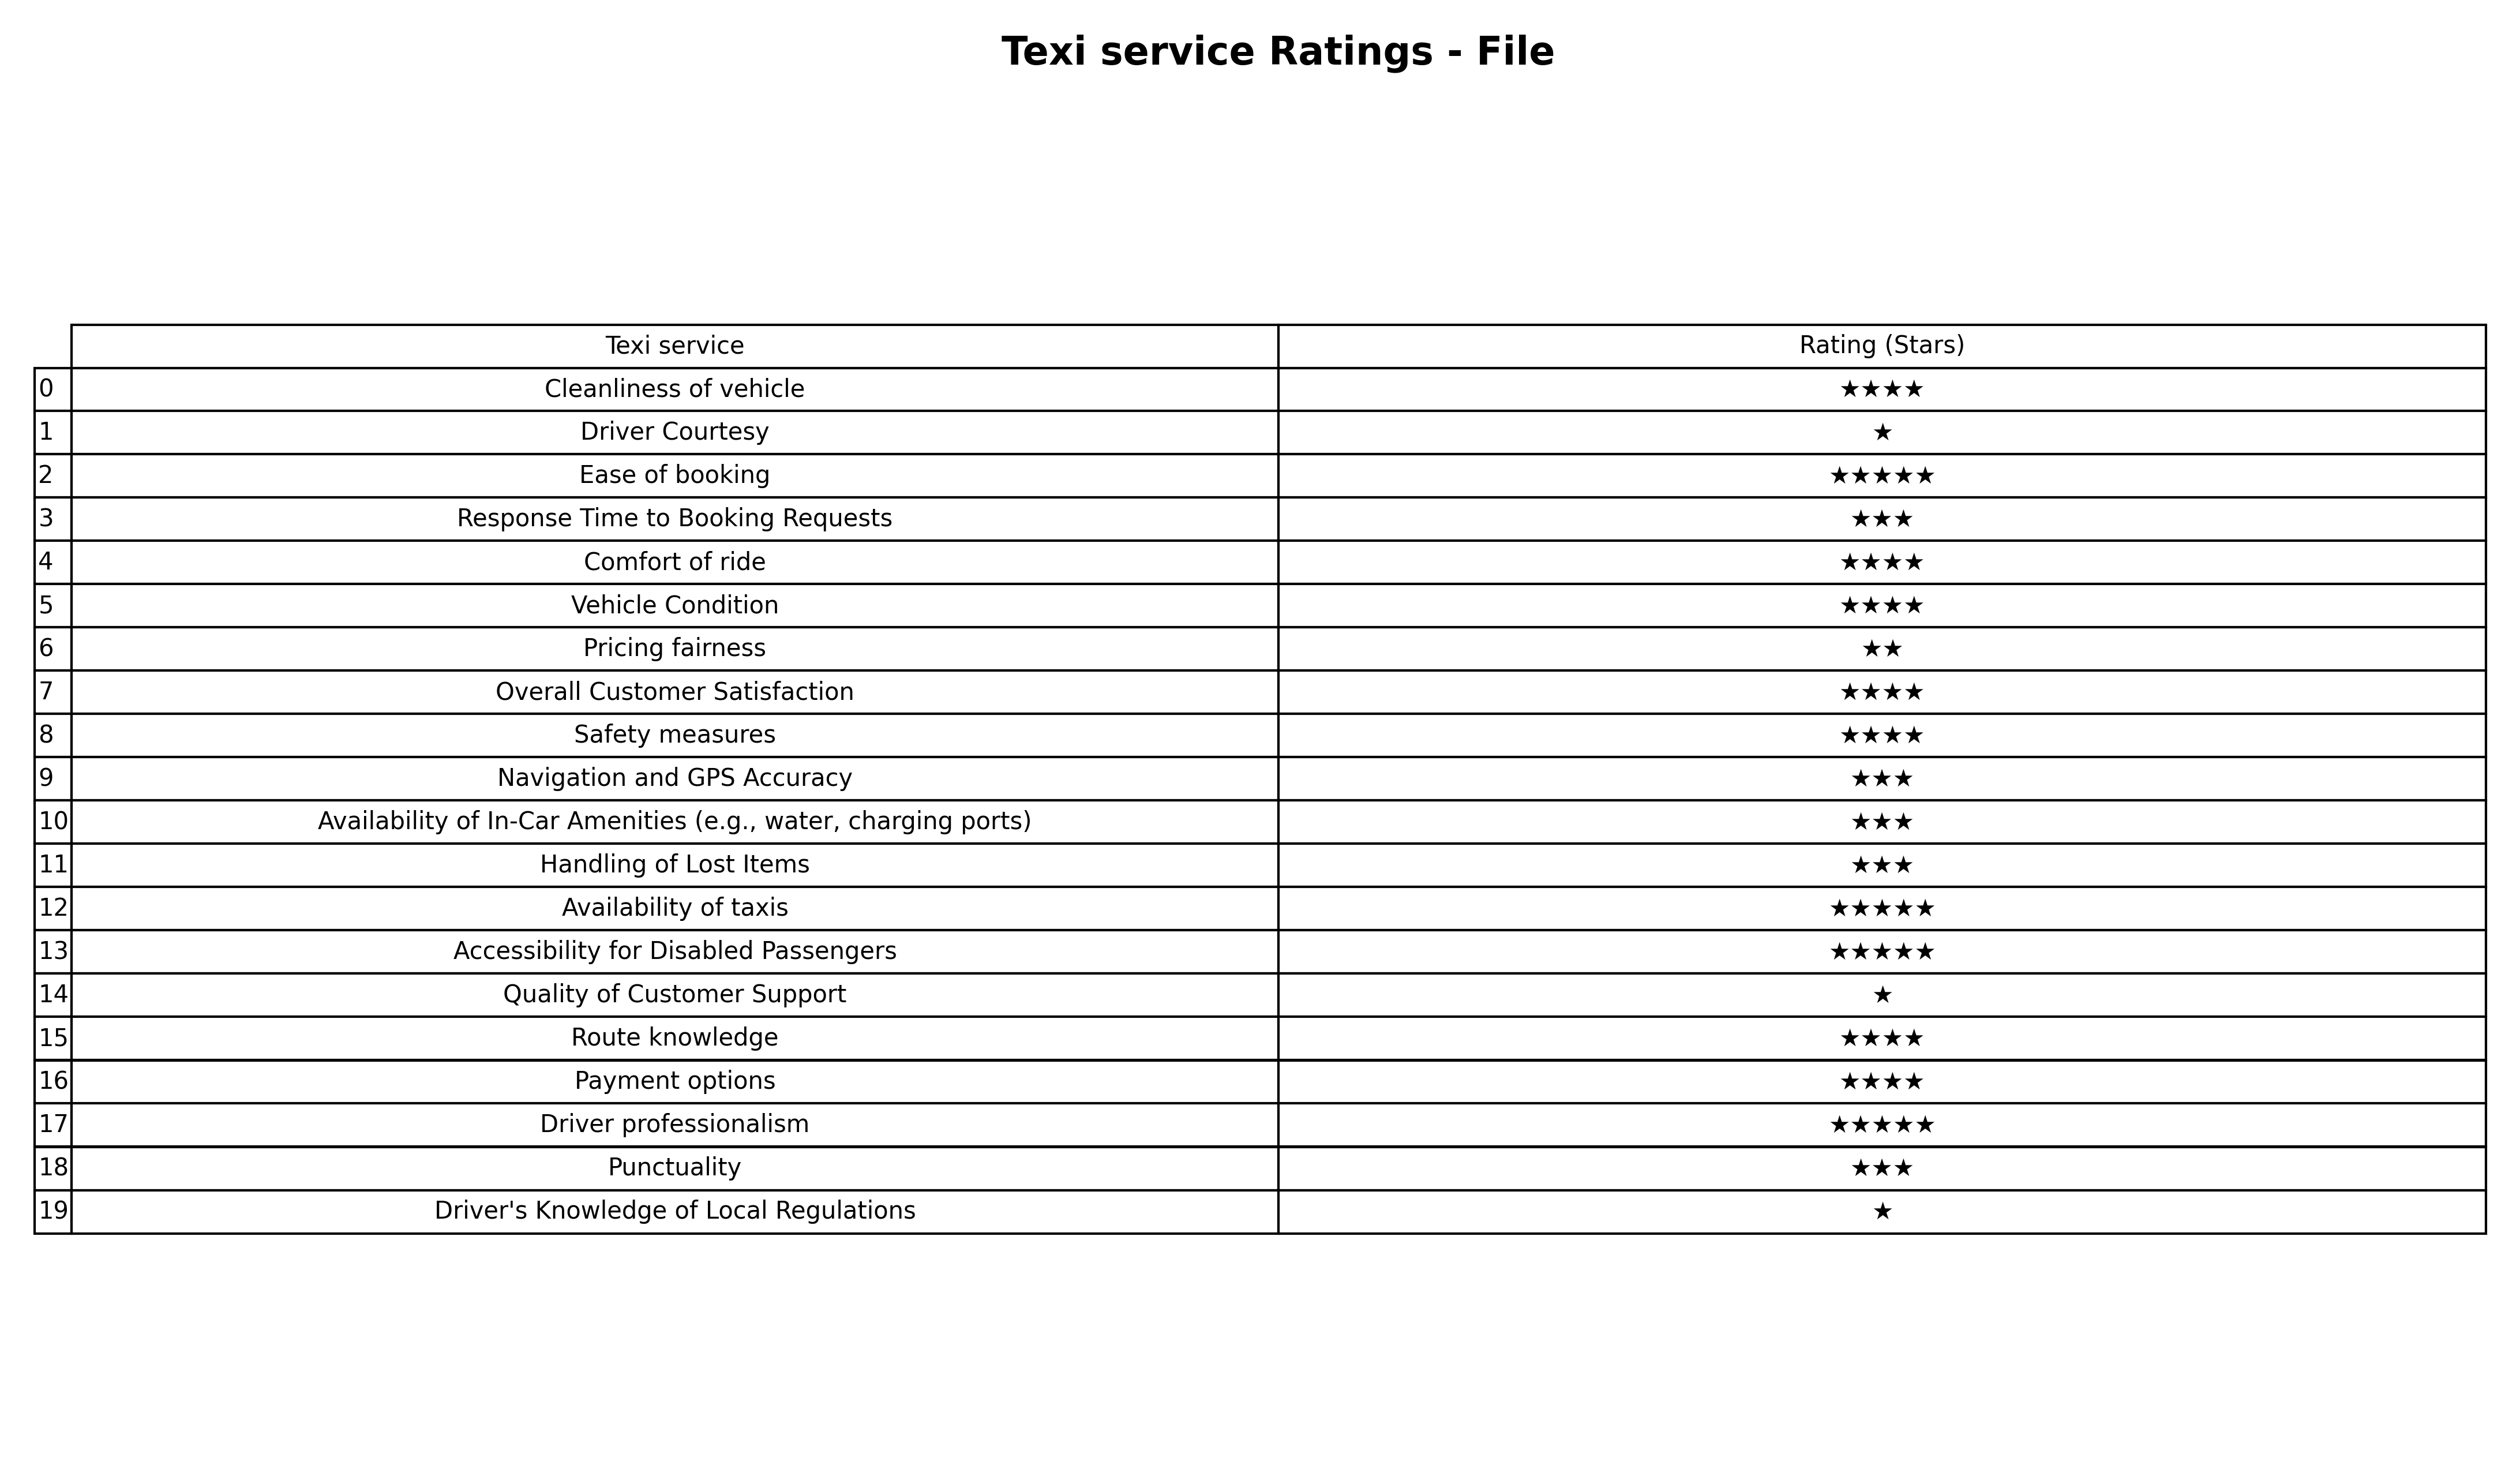
question: Which services are rated average?
answer: Response Time to Booking RequestsNavigation and GPS AccuracyAvailability of In-Car Amenities (e.g., water, charging ports)Handling of Lost ItemsPunctuality